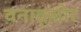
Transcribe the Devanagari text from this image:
वनाद्ज़ोर